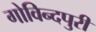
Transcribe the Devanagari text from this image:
गोविन्दपुरी